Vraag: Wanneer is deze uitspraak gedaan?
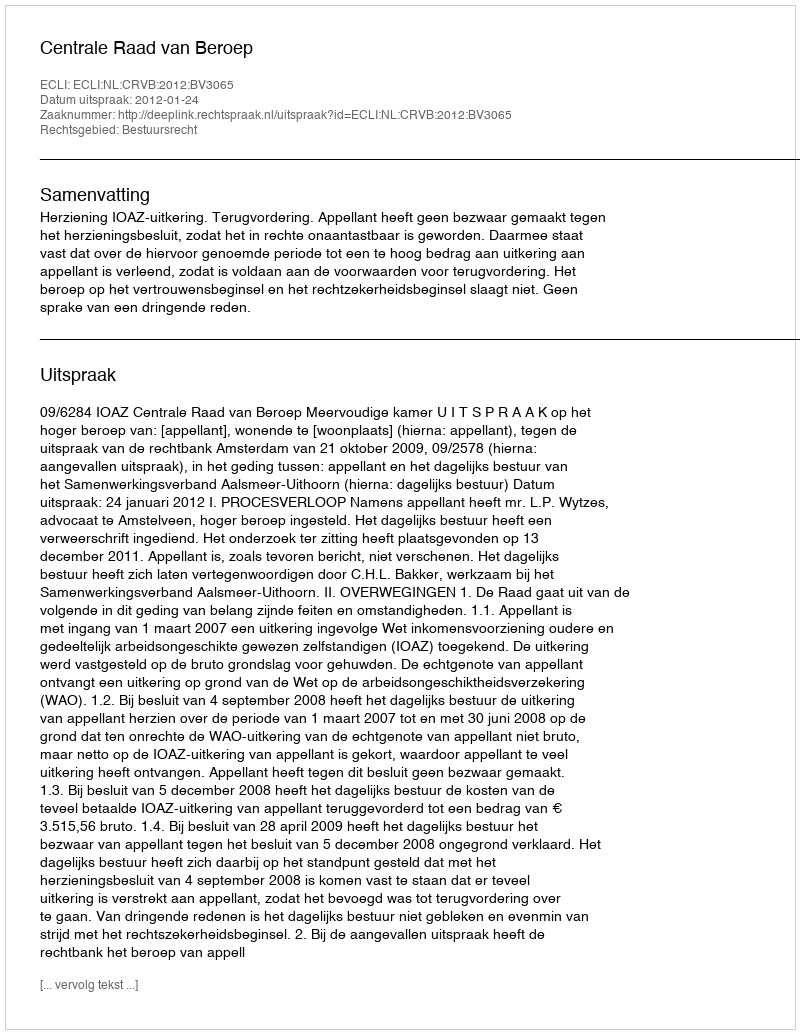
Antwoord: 2012-01-24